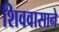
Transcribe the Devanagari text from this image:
शिववासाने